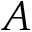
A